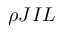
\rho J I L